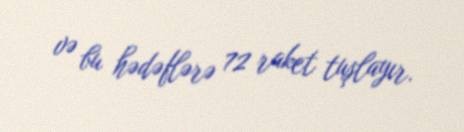
və bu hədəflərə 72 raket tuşlayır.